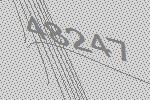
48247